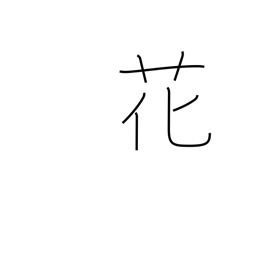
Meaning: flower